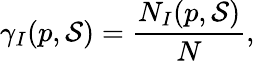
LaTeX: \gamma_{I}(p,{\mathcal{S}})=\frac{N_{I}(p,{\mathcal{S}})}{N},